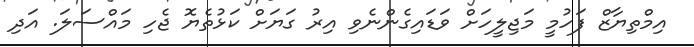
އިމްތިޔާޒް ފަހުމީ މަޖިލީހަށް ވަޑައިގެންނެވި އިރު ގަޔަށް ކަޅުތެޔޮ ޖެހި މައްސަލަ. އަދި